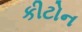
કીટોન